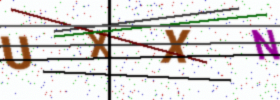
Text: UXXN